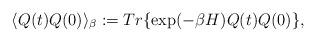
LaTeX: \begin{align*}\langle Q(t)Q(0) \rangle _{\beta} := Tr \{ \exp(-\beta H) Q(t)Q(0) \} ,\end{align*}